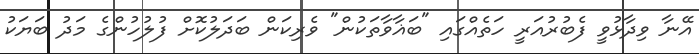
އޭނާ ވިދާޅުވީ ފެބުރުއަރީ ހަތެއްގައި "ބަޣާވާތަކުން" ވެރިކަން ބަދަލުކޮށް ފުލުހުންގެ މަދު ބަޔަކު